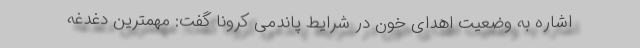
اشاره به وضعیت اهدای خون در شرایط پاندمی کرونا گفت: مهمترین دغدغه